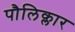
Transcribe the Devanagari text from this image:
पौलिक्लार